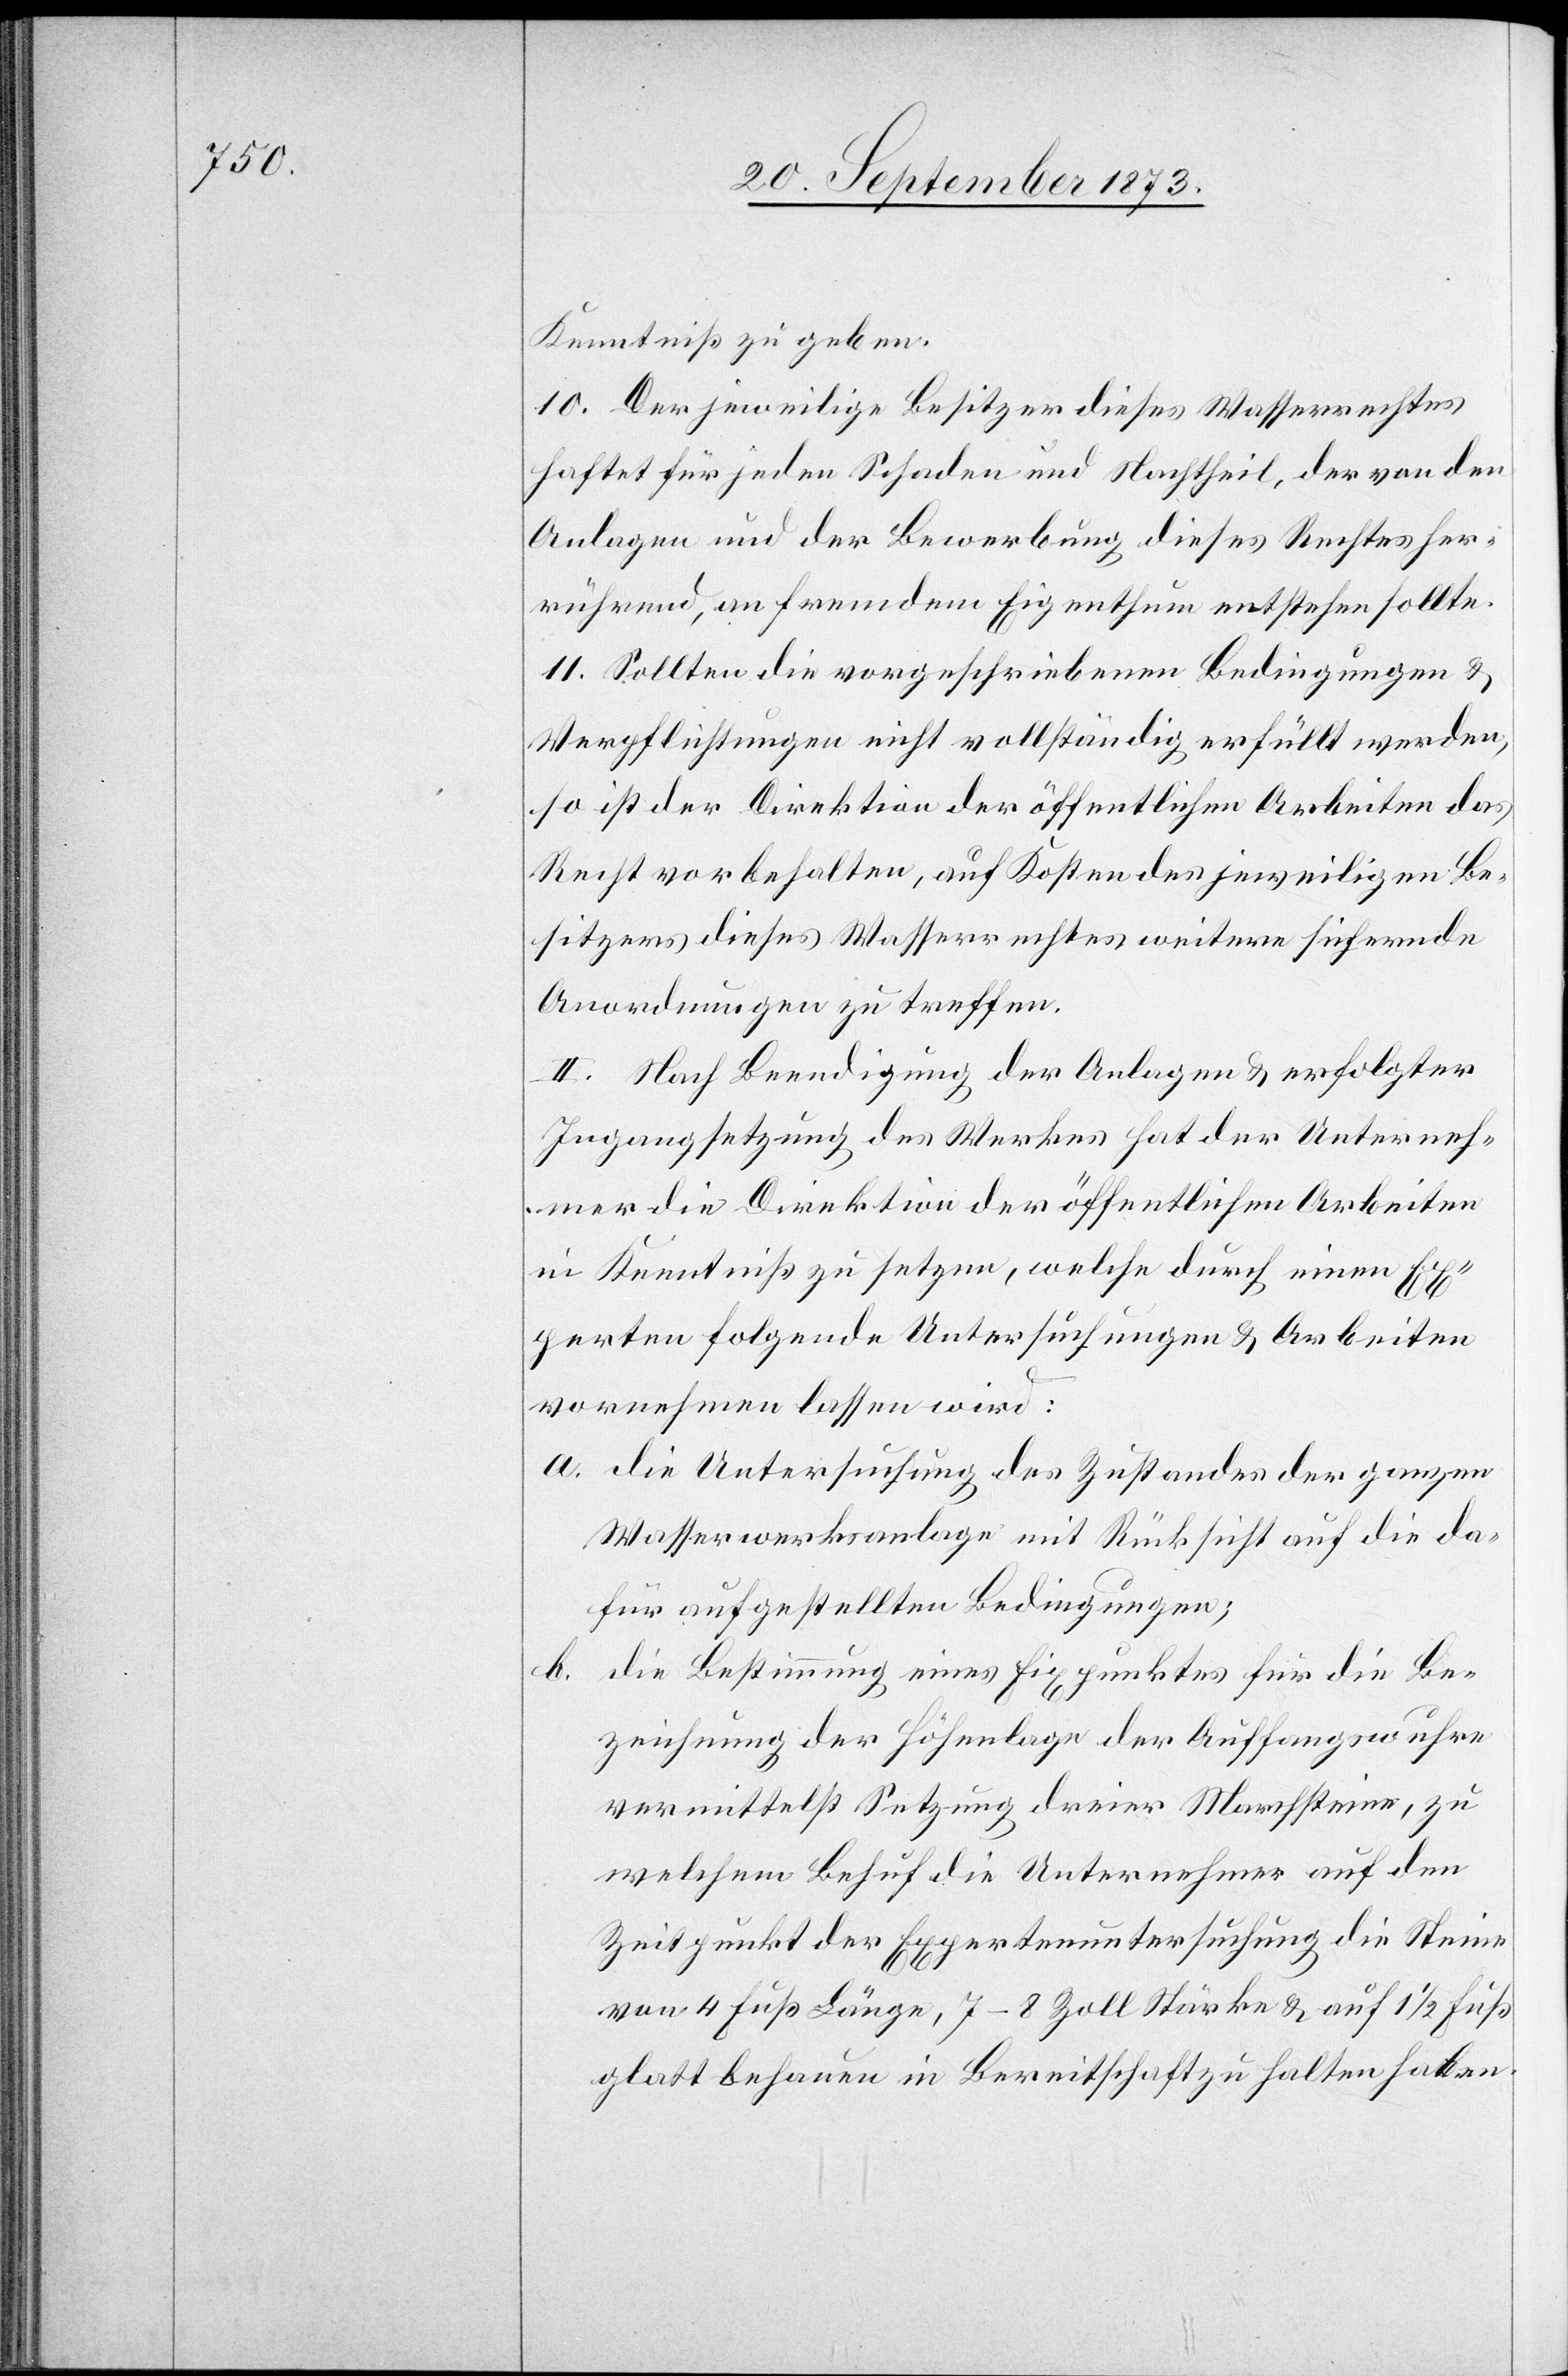
Kenntniß zu geben.
10. Der jeweilige Besitzer dieses Wasserrechtes
haftet für jeden Schaden und Nachtheil, der von den
Anlagen und der Bewerbung dieses Rechtes her¬
rührend, an fremdem Eigenthum entstehen sollte.
11. Sollten die vorgeschriebenen Bedingungen &
Verpflichtungen nicht vollständig erfüllt werden,
so ist der Direktion der öffentlichen Arbeiten das
Recht vorbehalten, auf Kosten des jeweiligen Be¬
sitzers dieses Wasserrechtes weitere sichernde
Anordnungen zu treffen.
II. Nach Beendigung der Anlagen & erfolgter
Ingangsetzung des Werkes hat der Unterneh¬
mer die Direktion der öffentlichen Arbeiten
in Kenntniß zu setzen, welche durch einen Ex¬
perten folgende Untersuchungen & Arbeiten
vornehmen lassen wird:
a. die Untersuchung des Zustandes der ganzen
Wasserwerksanlage mit Rücksicht auf die da¬
für aufgestellten Bedingungen;
die Bestimmung eines Fixpunktes für die Be¬
b.
zeichnung der Höhenlage der Auffangswuhre
vermittelst Setzung dreier Marchsteine, zu
welchem Behuf die Unternehmer auf den
Zeitpunkt der Expertenuntersuchung die Steine
von 4 Fuß Länge, 7–8 Zoll Stärke & auf 1 1/2 Fuß
glatt behauen in Bereitschaft zu halten haben.